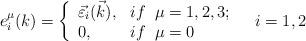
LaTeX: \begin{align*}e^{\mu}_i(k)=\left \{ \begin{array}{ll}\vec {\varepsilon} _i(\vec k) , & if \;\;\mu=1,2,3; \\ 0, & if \;\;\mu=0\end{array}\right. \;\;\;i=1,2\end{align*}